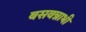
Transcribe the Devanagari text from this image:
बसवन्नाभी